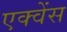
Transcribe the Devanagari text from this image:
एक्वेंस